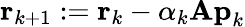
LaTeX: \mathbf{r}_{k+1}:=\mathbf{r}_{k}-\alpha_{k}\mathbf{Ap}_{k}